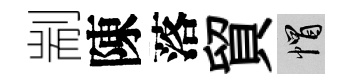
剬陳落貿帽